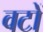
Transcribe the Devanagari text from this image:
वटों